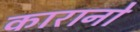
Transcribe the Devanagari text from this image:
कारानो